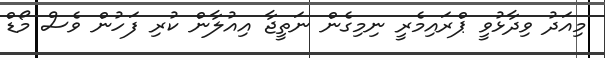
މިއަދު ވިދާޅުވީ ޕްރައިމެރީ ނިމިގެން ނަތީޖާ އިއުލާން ކުރި ފަހުން ވެސް މޯޑް